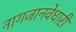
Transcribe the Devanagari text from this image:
नागजानवेधारी